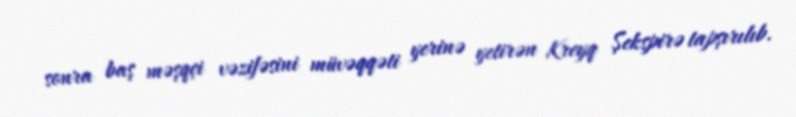
sonra baş məşqçi vəzifəsini müvəqqəti yerinə yetirən Kreyq Şekspirə tapşırılıb.